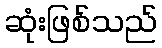
ဆုံးဖြစ်သည်